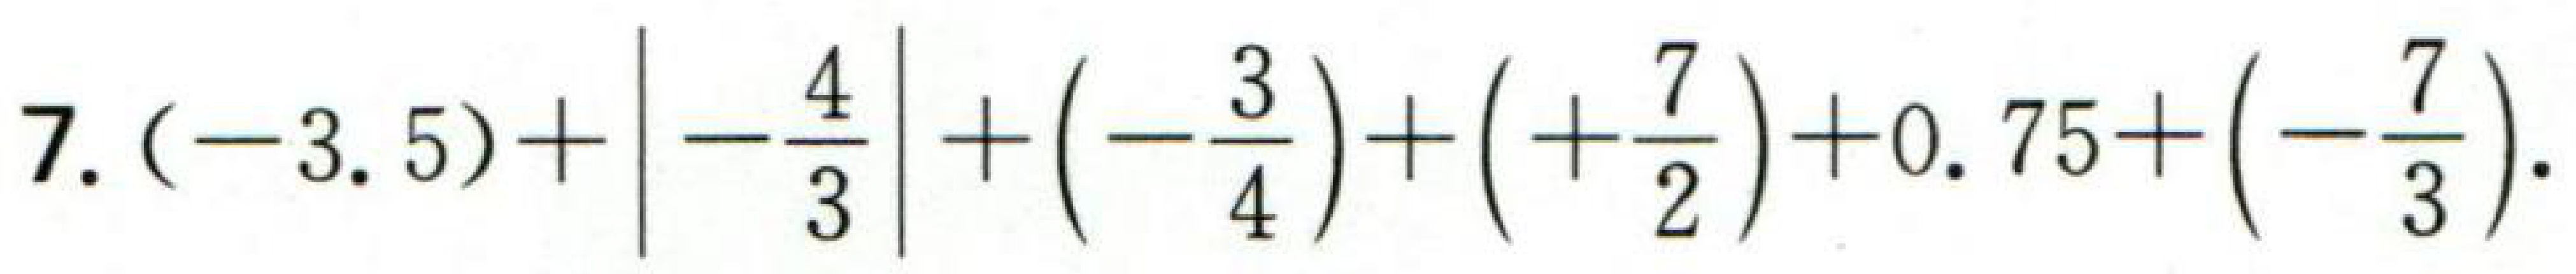
7. $(-3.5)+\left|-\dfrac{4}{3}\right|+\left(-\dfrac{3}{4}\right)+\left(+\dfrac{7}{2}\right)+0.75+\left(-\dfrac{7}{3}\right)$.